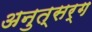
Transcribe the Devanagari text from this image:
अनुत्सर्ग